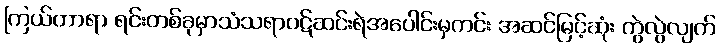
ကြယ်တာရာ ရင်းတစ်ခုမှာသံသရာဝဋ်ဆင်းရဲအပေါင်းမှကင်း အဆင်မြင့်ဆုံး ကွဲလွဲလျက်